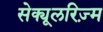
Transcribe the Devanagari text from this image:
सेक्यूलरिज़्म